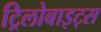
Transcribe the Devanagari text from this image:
ट्रिलोबाइट्स